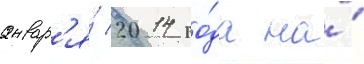
январ'я́ 2014 го́да на́